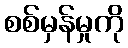
စစ်မှန်မှုကို